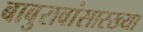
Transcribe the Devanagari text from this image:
बाबुरावांसारख्या